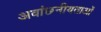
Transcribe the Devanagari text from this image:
अवांछनीयताओं